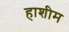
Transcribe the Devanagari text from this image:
हाशीम